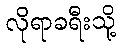
လိုရာခရီးသို့